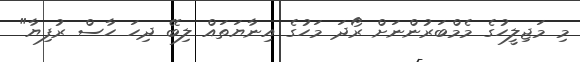
މި މަޖިލީހުގެ މެމްބަރުންނަށް ރޯދަ މަހުގެ އިނާޔަތައް ލިބޭ ދިހަ ހާސް ރުފިޔާ"